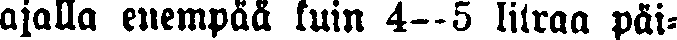
ajalla enempää kuin 4—5 litraa päi-